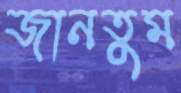
জানতুম